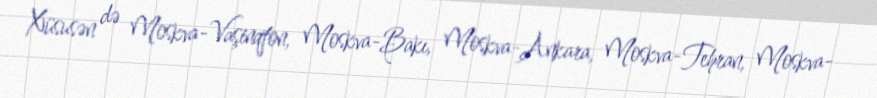
Xüsusən də Moskva-Vaşinqton, Moskva-Bakı, Moskva-Ankara, Moskva-Tehran, Moskva-